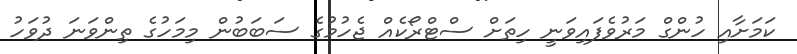
ކަމަށާއި ހުންގް މަރުވެފައިވަނީ ހިތަށް ސްޓްރޯކެއް ޖެހުމުގެ ސަބަބުން މިމަހުގެ ތިންވަނަ ދުވަހު